Indian Medical Review
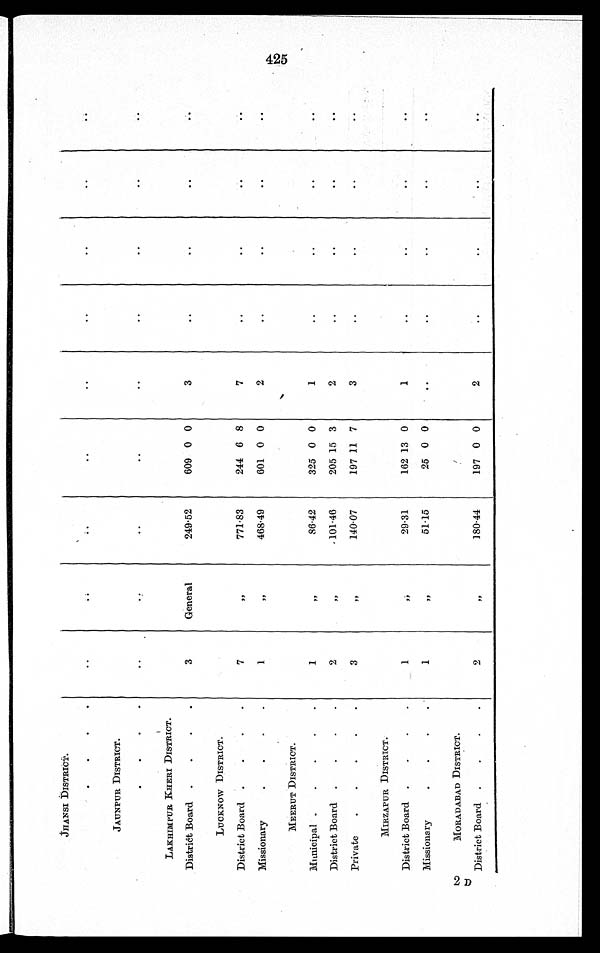
JHANSI DISTRICT.
. . . .
. .
..
..
. .
. .
. .
. .
. . ..
JAUNPUR DISTRICT.
. . . .
. .
. .
. .
. .
. .
. .
. .
. .
. .
LAKHIMPUR KHERI DISTRICT.
District Board .
.
.
.
3
General
249.52
609 0 0
3
..
..
..
. .
LUCKNOW DISTRICT.
District Board .
.
.
.
7
"
771.83
244 6 8
7
. .
. .
..
..
M i s s i o n a r y . . . .
1
"
468.49
601 0 0
2
..
. .
. .
. .
MEERUT DISTRICT.
Municipal .
.
.
.
.
1
"
86.42
325 0 0
1
..
..
. .
. .
District Board .
.
.
.
2
"
101.46
205 15 3
2
..
..
..
..
Private .
.
.
.
.
3
"
140.07
197 11 7
3
. .
. .
..
..
MIRZAPUR DISTRICT.
District Board .
.
.
.
1
"
29.31
162 13 0
1
..
..
..
..
M i s s i o n a r y . . . .
1
"
51.15
25 0 0
. .
..
..
. .
. .
2 D
M O R A D A B A D D I S T R I C T .
District Board .
.
.
.
2
"
180.44
197 0 0
2
. .
. .
. .
. .
425